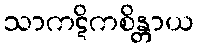
သာကဋိကစိန္တာယ